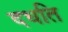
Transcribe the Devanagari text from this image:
दधति